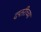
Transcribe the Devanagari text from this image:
दप्तरीच्या